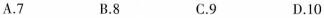
()A.7 B.8 C.9 D.10